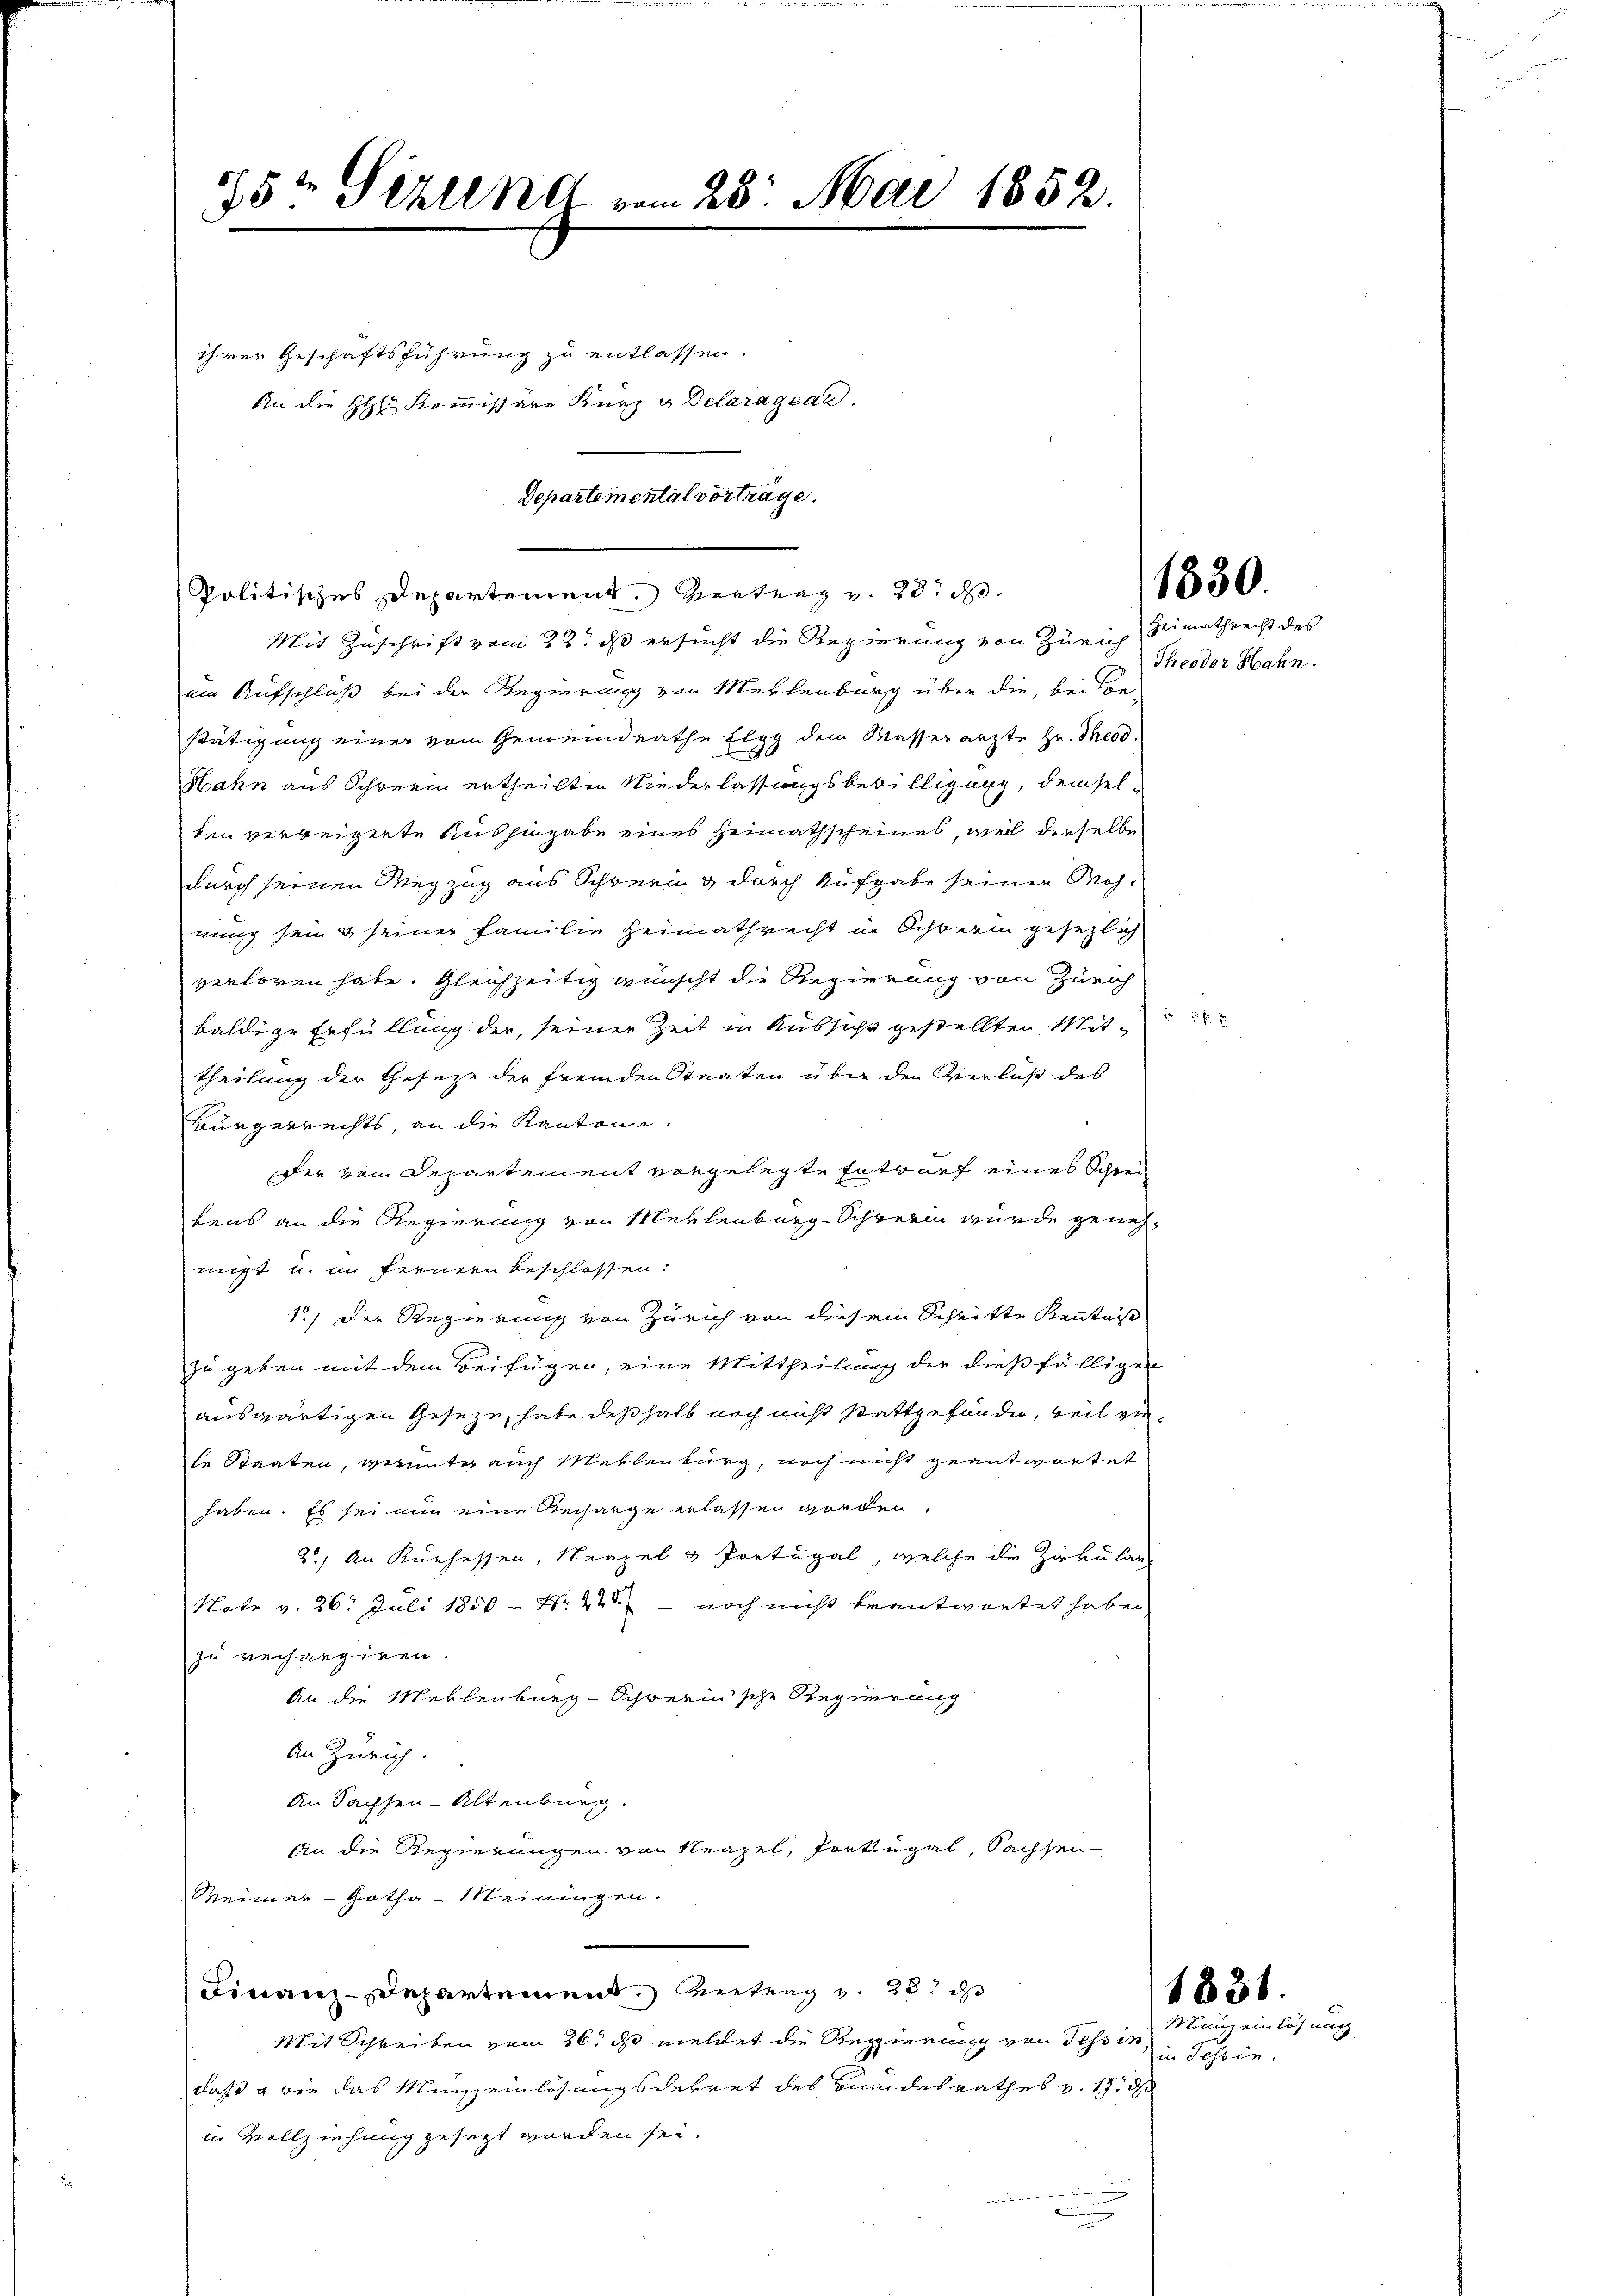
35t Sekund vom 28. Mai 1852

ihrer Geschäftsführung zu entlassen.
An die HH: Kommissare Kurz u Delaragrar.

Politisches Departement. Vertrag v. 28. d.

Mit Zuschrift vom 23. ds ersucht die Regierung von Zürich Simathrecht des
ein Aufschluß bei der Regierung von Merlenburg über die, bei Be-
stätigung einer vom Gemeindrathe Elgg dem Wasserarzte Hr. Theod.
Hahn aus Schrein ertheilten Niederlassungsbewilligung, demselten verweigente Aushingabe eines Heimathscheines, weil dieselbe
durch seinen Wegzug aus Schwerin & durch Aufgabe seiner Mohnung sei & seiner Familie Heimathrecht in Ochberin gesezlich
verloren habe. Gleichzeitig wünscht die Regierung von Zürich
e
baldige Erfüllung der, seiner Zeit in Russicht gestellten Mittheilung der Geseze der fremden Staaten über den Verlaß des
Bürgerrechts, an die Kantone.
Der vom Departement vorgelegte Entwurf eines Schreifens an die Regierung von Mehlenburg-Schwerin wurde genehmigt u. im fernern beschlossen:
1.) Der Regierung von Zürich von diesem Schritte Kenntni
zu geben mit dem Beifügen, eine Mittheilung der dießfälligen
auswärtigen Geseze, habe deßhalb noch nicht stattgefunden, weil zute Staaten, verunter auch Mehlenburg, noch nicht geantwortet
haben. Es sei nur eine Recharge erlassen worden.
2.) An Kurhessen, Neapel & Portugal, welche die Zirkular
Note v. 26. Juli 1850 - Nr. 226 - noch nicht beantwortet haben,
zu verhangiren.
An die Mehlenburg-Schwerinsche Regierung
An Zürich.
An Sachsen-Altenburg.
An die Regierungen von Neapel, Portugal, Sachsen-
Meimar - Gotha Meiningen.
Finanz-Departement entrag v. 23. d
Mit Schreiben vom 26. ds meldet die Regierung von Tessin
daß  wie das Mineinlösungsdekret des Bundesrathes v. 17. d
in Vollziehung gesezt worden sei.
c

Departemental vorträge.

1830

Theodor Hahn.

1831.
Mun einlösung
in Passen.